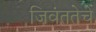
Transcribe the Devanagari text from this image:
जिवंततेचे